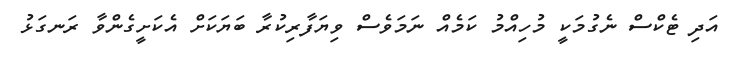
އަދި ޓެކްސް ނެގުމަކީ މުހިއްމު ކަމެއް ނަމަވެސް ވިޔަފާރިކުރާ ބަޔަކަށް އެކަށީގެންވާ ރަނގަޅު